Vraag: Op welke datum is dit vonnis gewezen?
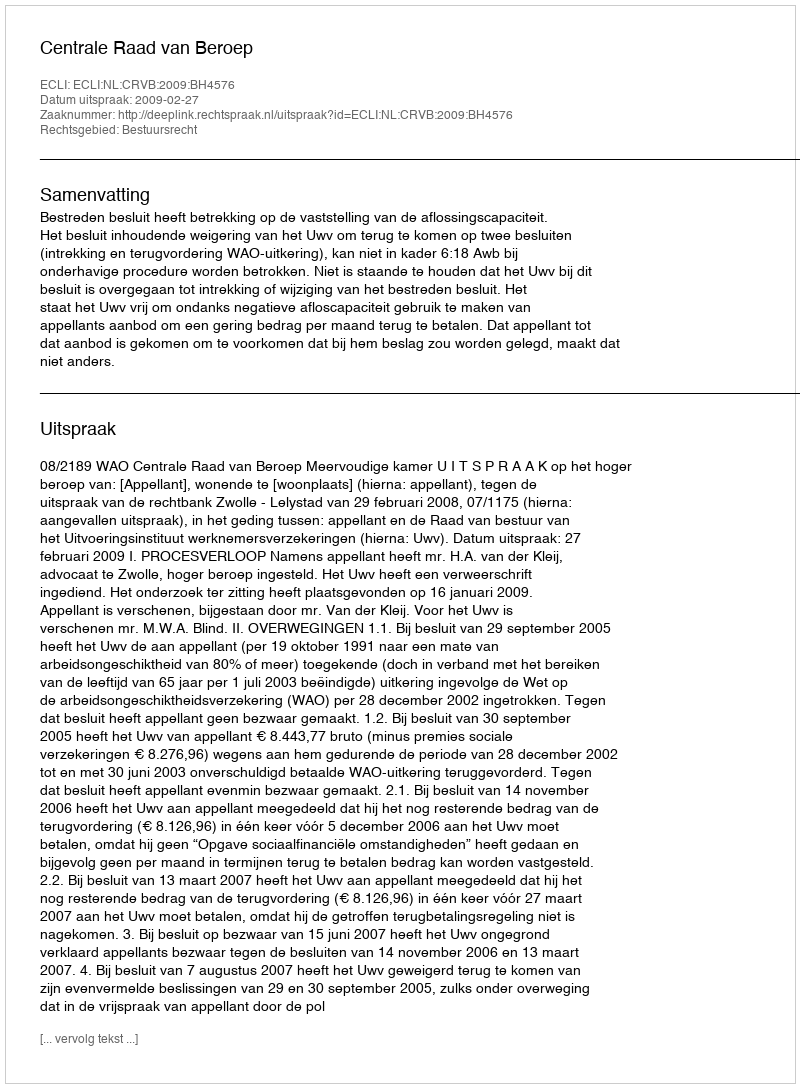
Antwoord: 2009-02-27